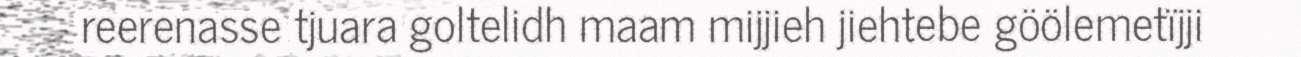
reerenasse tjuara goltelidh maam mijjieh jiehtebe göölemetïjji